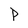
Character: P